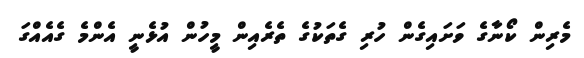
މެރިން ކޯނާގެ ވަށައިގެން ހުރި ގެތަކުގެ ތެރެއިން މީހުން އުޅެނީ އެންމެ ގެއެއްގަ